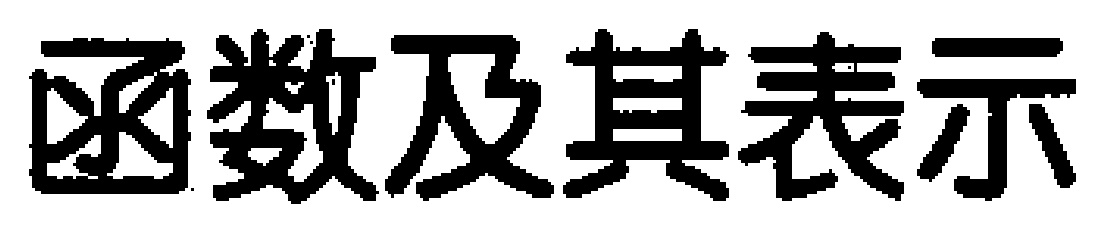
函数及其表示